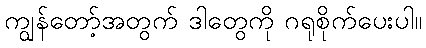
ကျွန်တော့်အတွက် ဒါတွေကို ဂရုစိုက်ပေးပါ။